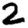
Digit: 2